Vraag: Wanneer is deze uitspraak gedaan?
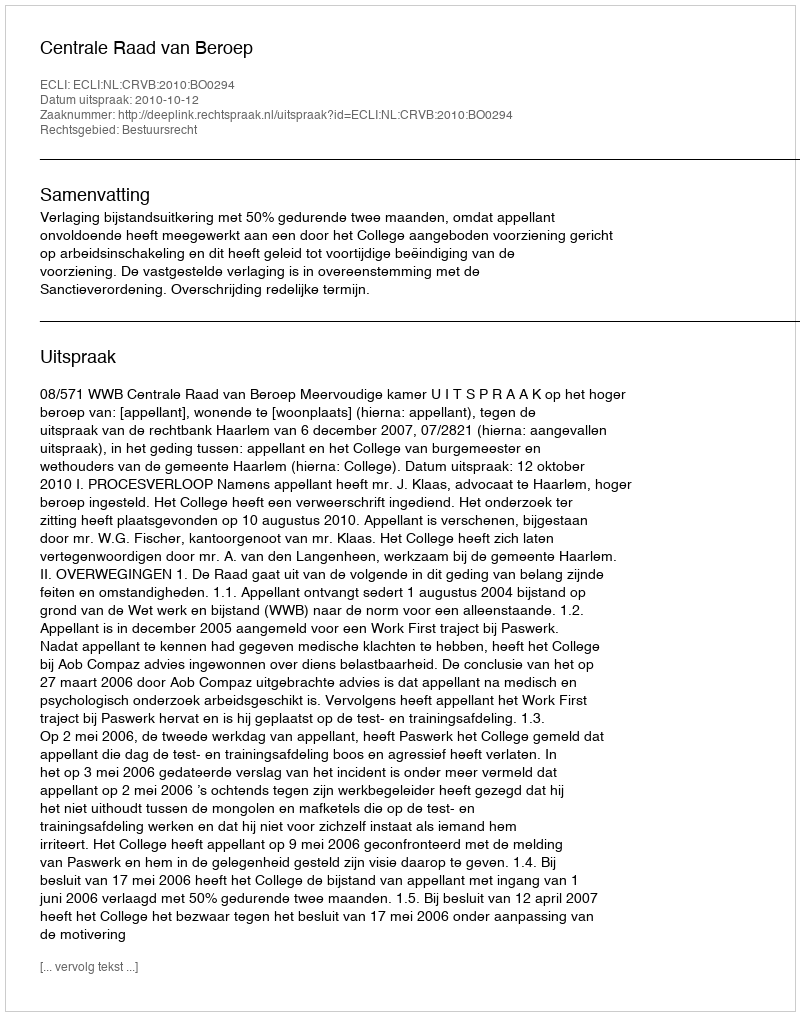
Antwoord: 2010-10-12